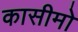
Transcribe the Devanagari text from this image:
कासीमो